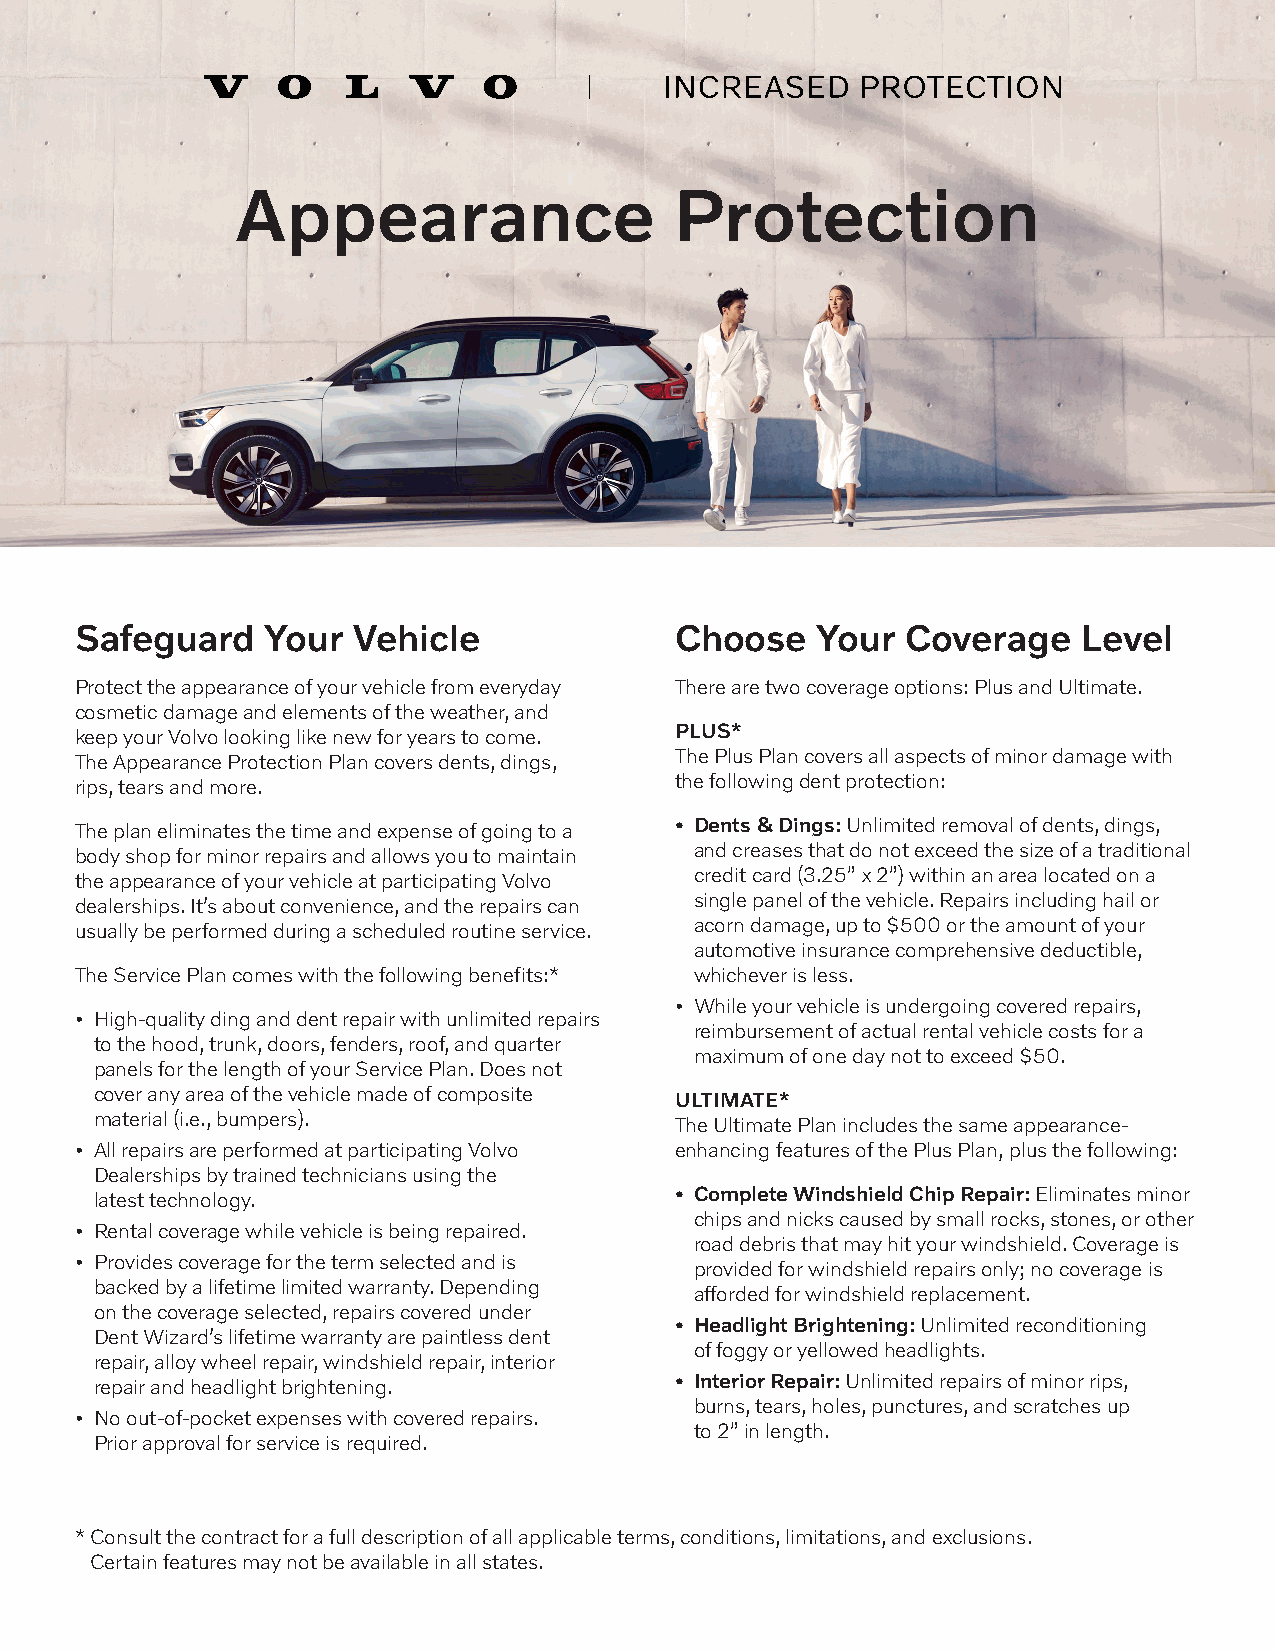
Appearance                   Protection
 Safeguard    Your Vehicle               Choose   Your  Coverage    Level
 Protect the appearance of your vehicle from everyday There are two coverage options: Plus and Ultimate.
 cosmetic damage and elements of the weather, and
 PLUS*
 keep your Volvo looking like new for years to come.
 The Appearance Protection Plan covers dents, dings, The Plus Plan covers all aspects of minor damage with
 rips, tears and more.                   the following dent protection:
 The plan eliminates the time and expense of going to a • Dents & Dings: Unlimited removal of dents, dings,
 body shop for minor repairs and allows you to maintain and creases that do not exceed the size of a traditional
 the appearance of your vehicle at participating Volvo credit card (3.25” x 2”) within an area located on a
 dealerships. It’s about convenience, and the repairs can single panel of the vehicle. Repairs including hail or
 usually be performed during a scheduled routine service. acorn damage, up to $500 or the amount of your
 automotive insurance comprehensive deductible,
 The Service Plan comes with the following benefits:* whichever is less.
 • While your vehicle is undergoing covered repairs,
 • High-quality ding and dent repair with unlimited repairs
 reimbursement of actual rental vehicle costs for a
 to the hood, trunk, doors, fenders, roof, and quarter
 maximum of one day not to exceed $50.
 panels for the length of your Service Plan. Does not
 cover any area of the vehicle made of composite ULTIMATE*
 material (i.e., bumpers).              The Ultimate Plan includes the same appearance-
 • All repairs are performed at participating Volvo enhancing features of the Plus Plan, plus the following:
 Dealerships by trained technicians using the
 latest technology.                     • Complete Windshield Chip Repair: Eliminates minor
 chips and nicks caused by small rocks, stones, or other
 • Rental coverage while vehicle is being repaired.
 road debris that may hit your windshield. Coverage is
 • Provides coverage for the term selected and is
 provided for windshield repairs only; no coverage is
 backed by a lifetime limited warranty. Depending
 afforded for windshield replacement.
 on the coverage selected, repairs covered under
 • Headlight Brightening: Unlimited reconditioning
 Dent Wizard’s lifetime warranty are paintless dent
 of foggy or yellowed headlights.
 repair, alloy wheel repair, windshield repair, interior
 repair and headlight brightening.      • Interior Repair: Unlimited repairs of minor rips,
 burns, tears, holes, punctures, and scratches up
 • No out-of-pocket expenses with covered repairs.
 to 2” in length.
 Prior approval for service is required.
 * Consult the contract for a full description of all applicable terms, conditions, limitations, and exclusions.
 Certain features may not be available in all states.